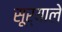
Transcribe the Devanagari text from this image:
सूर्याले